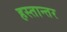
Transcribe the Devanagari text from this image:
हस्तान्तर